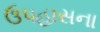
ઉપહાસના